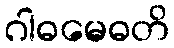
ဂါဓမေဓတိ